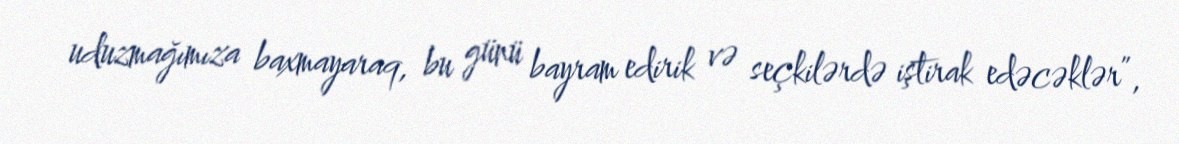
uduzmağımıza baxmayaraq, bu günü bayram edirik və seçkilərdə iştirak edəcəklər”,